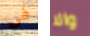
فى والا